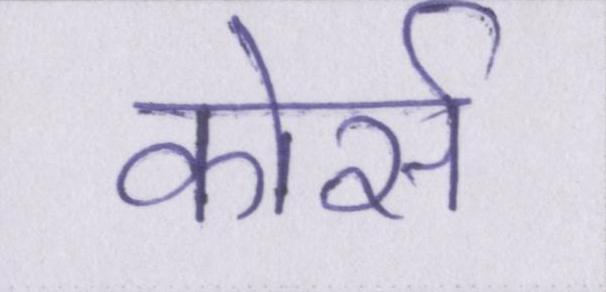
कोर्स